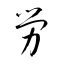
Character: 労